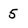
Character: 5